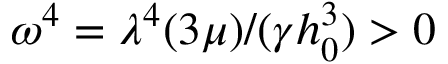
\omega ^ { 4 } = \lambda ^ { 4 } ( 3 \mu ) / ( \gamma h _ { 0 } ^ { 3 } ) > 0